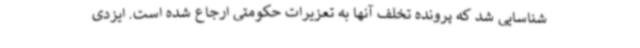
شناسایی شد که پرونده تخلف آنها به تعزیرات حکومتی ارجاع شده است. ایزدی